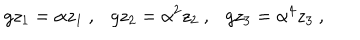
g z _ { 1 } = \alpha z _ { 1 } ~ , g z _ { 2 } = \alpha ^ { 2 } z _ { 2 } ~ , g z _ { 3 } = \alpha ^ { 4 } z _ { 3 } ~ ,